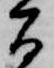
間